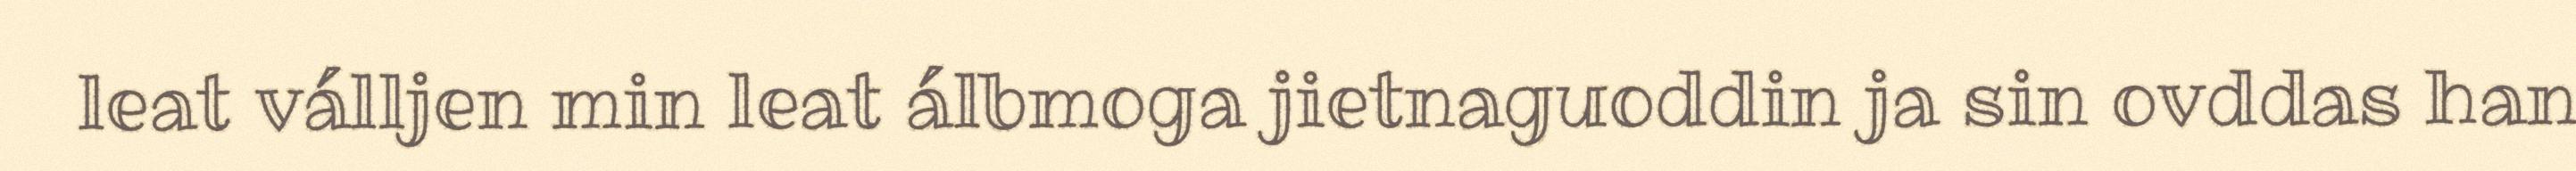
leat válljen min leat álbmoga jietnaguoddin ja sin ovddas han